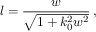
l = \frac { w } { \sqrt { 1 + k _ { 0 } ^ { 2 } w ^ { 2 } } } \, ,